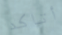
أتاكد